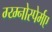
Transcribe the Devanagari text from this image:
ग्य्म्नोस्पेर्मए